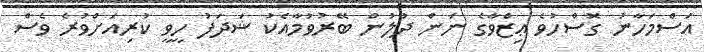
އަސްމަހާނު ގޮސްހުވެ ޢިޒްވާގެ ނަން ދުލުން ބޭރުވުމާއެކު ޝަދަފު ހީވީ ކުރިއަށްވުރެ ވެސް